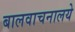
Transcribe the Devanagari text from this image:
बालवाचनालये